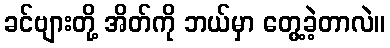
ခင်ဗျားတို့ အိတ်ကို ဘယ်မှာ တွေ့ခဲ့တာလဲ။